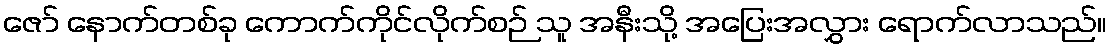
ဇော် နောက်တစ်ခု ကောက်ကိုင်လိုက်စဉ် သူ အနီးသို့ အပြေးအလွှား ရောက်လာသည်။